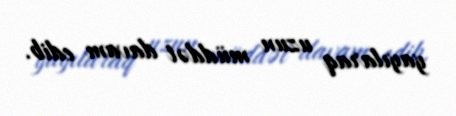
yayılaraq uzun müddət davam edib.